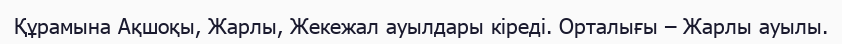
Құрамына Ақшоқы, Жарлы, Жекежал ауылдары кіреді. Орталығы – Жарлы ауылы.